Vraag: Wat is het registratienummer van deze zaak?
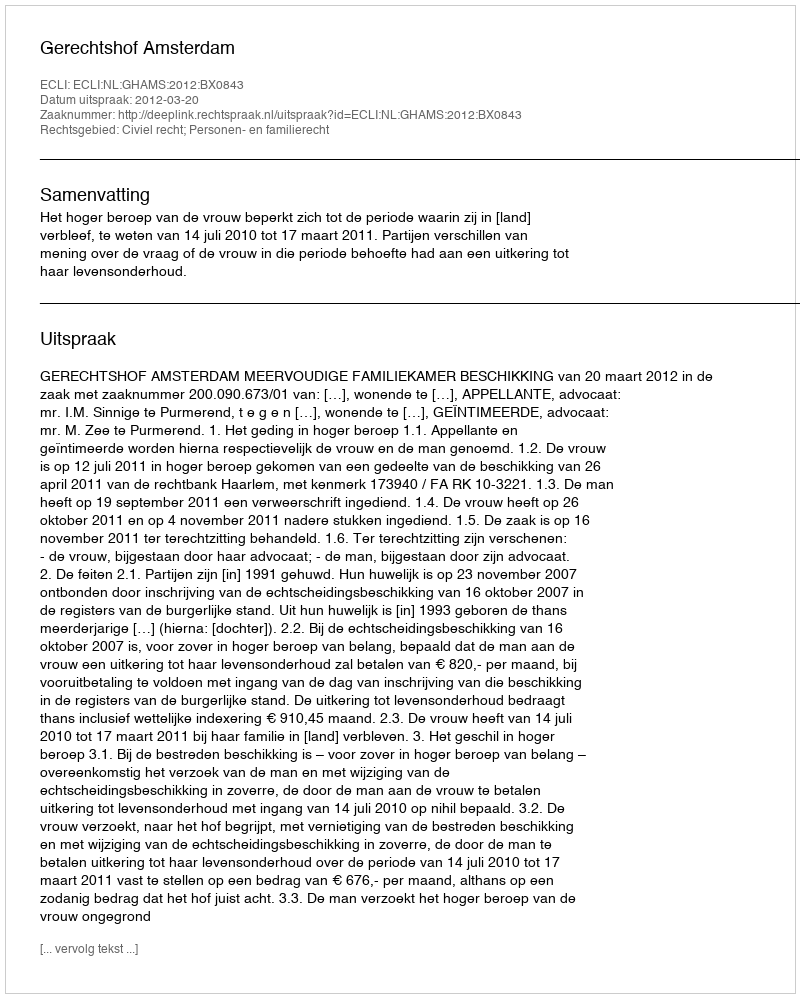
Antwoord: http://deeplink.rechtspraak.nl/uitspraak?id=ECLI:NL:GHAMS:2012:BX0843